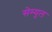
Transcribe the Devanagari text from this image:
सेम्यूल